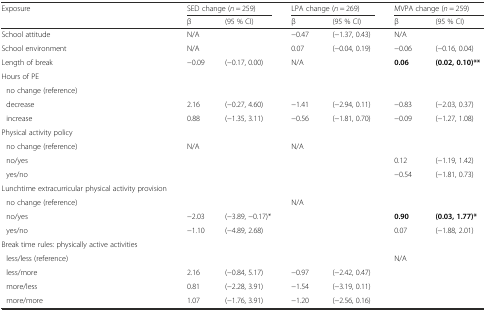
<table><thead><tr><td><b>Exposure</b></td><td colspan="2"><b>SED change (<i>n</i> = 259)</b></td><td colspan="2"><b>LPA change (<i>n</i> = 269)</b></td><td colspan="2"><b>MVPA change (<i>n</i> = 259)</b></td></tr><tr><td></td><td><b>β</b></td><td><b>(95 % CI)</b></td><td><b>β</b></td><td><b>(95 % CI)</b></td><td><b>β</b></td><td><b>(95 % CI)</b></td></tr></thead><tbody><tr><td>School attitude</td><td>N/A</td><td></td><td>−0.47</td><td>(−1.37, 0.43)</td><td>N/A</td><td></td></tr><tr><td>School environment</td><td>N/A</td><td></td><td>0.07</td><td>(−0.04, 0.19)</td><td>−0.06</td><td>(−0.16, 0.04)</td></tr><tr><td>Length of break</td><td>−0.09</td><td>(−0.17, 0.00)</td><td>N/A</td><td></td><td><b>0.06</b></td><td><b>(0.02, 0.10)**</b></td></tr><tr><td>Hours of PE</td><td colspan="2"></td><td colspan="2"></td><td colspan="2"></td></tr><tr><td>no change (reference)</td><td></td><td></td><td></td><td></td><td></td><td></td></tr><tr><td>decrease</td><td>2.16</td><td>(−0.27, 4.60)</td><td>−1.41</td><td>(−2.94, 0.11)</td><td>−0.83</td><td>(−2.03, 0.37)</td></tr><tr><td>increase</td><td>0.88</td><td>(−1.35, 3.11)</td><td>−0.56</td><td>(−1.81, 0.70)</td><td>−0.09</td><td>(−1.27, 1.08)</td></tr><tr><td>Physical activity policy</td><td colspan="2"></td><td colspan="2"></td><td colspan="2"></td></tr><tr><td>no change (reference)</td><td>N/A</td><td></td><td>N/A</td><td></td><td></td><td></td></tr><tr><td>no/yes</td><td></td><td></td><td></td><td></td><td>0.12</td><td>(−1.19, 1.42)</td></tr><tr><td>yes/no</td><td></td><td></td><td></td><td></td><td>−0.54</td><td>(−1.81, 0.73)</td></tr><tr><td>Lunchtime extracurricular physical activity provision</td><td colspan="2"></td><td colspan="2"></td><td colspan="2"></td></tr><tr><td>no change (reference)</td><td></td><td></td><td>N/A</td><td></td><td></td><td></td></tr><tr><td>no/yes</td><td>−2.03</td><td>(−3.89, −0.17)*</td><td></td><td></td><td><b>0.90</b></td><td><b>(0.03, 1.77)*</b></td></tr><tr><td>yes/no</td><td>−1.10</td><td>(−4.89, 2.68)</td><td></td><td></td><td>0.07</td><td>(−1.88, 2.01)</td></tr><tr><td>Break time rules: physically active activities</td><td colspan="2"></td><td colspan="2"></td><td colspan="2"></td></tr><tr><td>less/less (reference)</td><td></td><td></td><td></td><td></td><td>N/A</td><td></td></tr><tr><td>less/more</td><td>2.16</td><td>(−0.84, 5.17)</td><td>−0.97</td><td>(−2.42, 0.47)</td><td></td><td></td></tr><tr><td>more/less</td><td>0.81</td><td>(−2.28, 3.91)</td><td>−1.54</td><td>(−3.19, 0.11)</td><td></td><td></td></tr><tr><td>more/more</td><td>1.07</td><td>(−1.76, 3.91)</td><td>−1.20</td><td>(−2.56, 0.16)</td><td></td><td></td></tr></tbody></table>